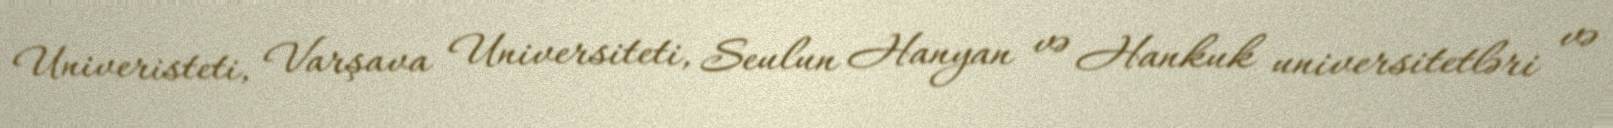
Univeristeti, Varşava Universiteti, Seulun Hanyan və Hankuk universitetləri və